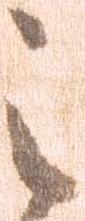
之